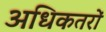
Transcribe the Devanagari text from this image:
अधिकतरों